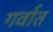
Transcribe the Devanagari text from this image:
गर्वात